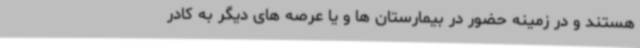
هستند و در زمینه حضور در بیمارستان ها و یا عرصه های دیگر به کادر